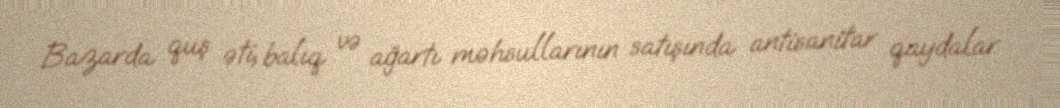
Bazarda quş əti, balıq və ağartı məhsullarının satışında antisanitar qaydalar